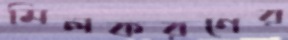
মিলকরণের